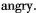
angry.